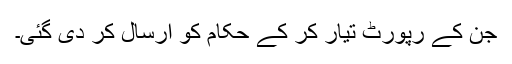
جن کے رپورٹ تیار کر کے حکام کو ارسال کر دی گئی۔